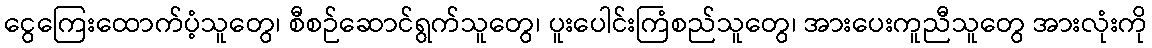
ငွေကြေးထောက်ပံ့သူတွေ၊ စီစဉ်ဆောင်ရွက်သူတွေ၊ ပူးပေါင်းကြံစည်သူတွေ၊ အားပေးကူညီသူတွေ အားလုံးကို